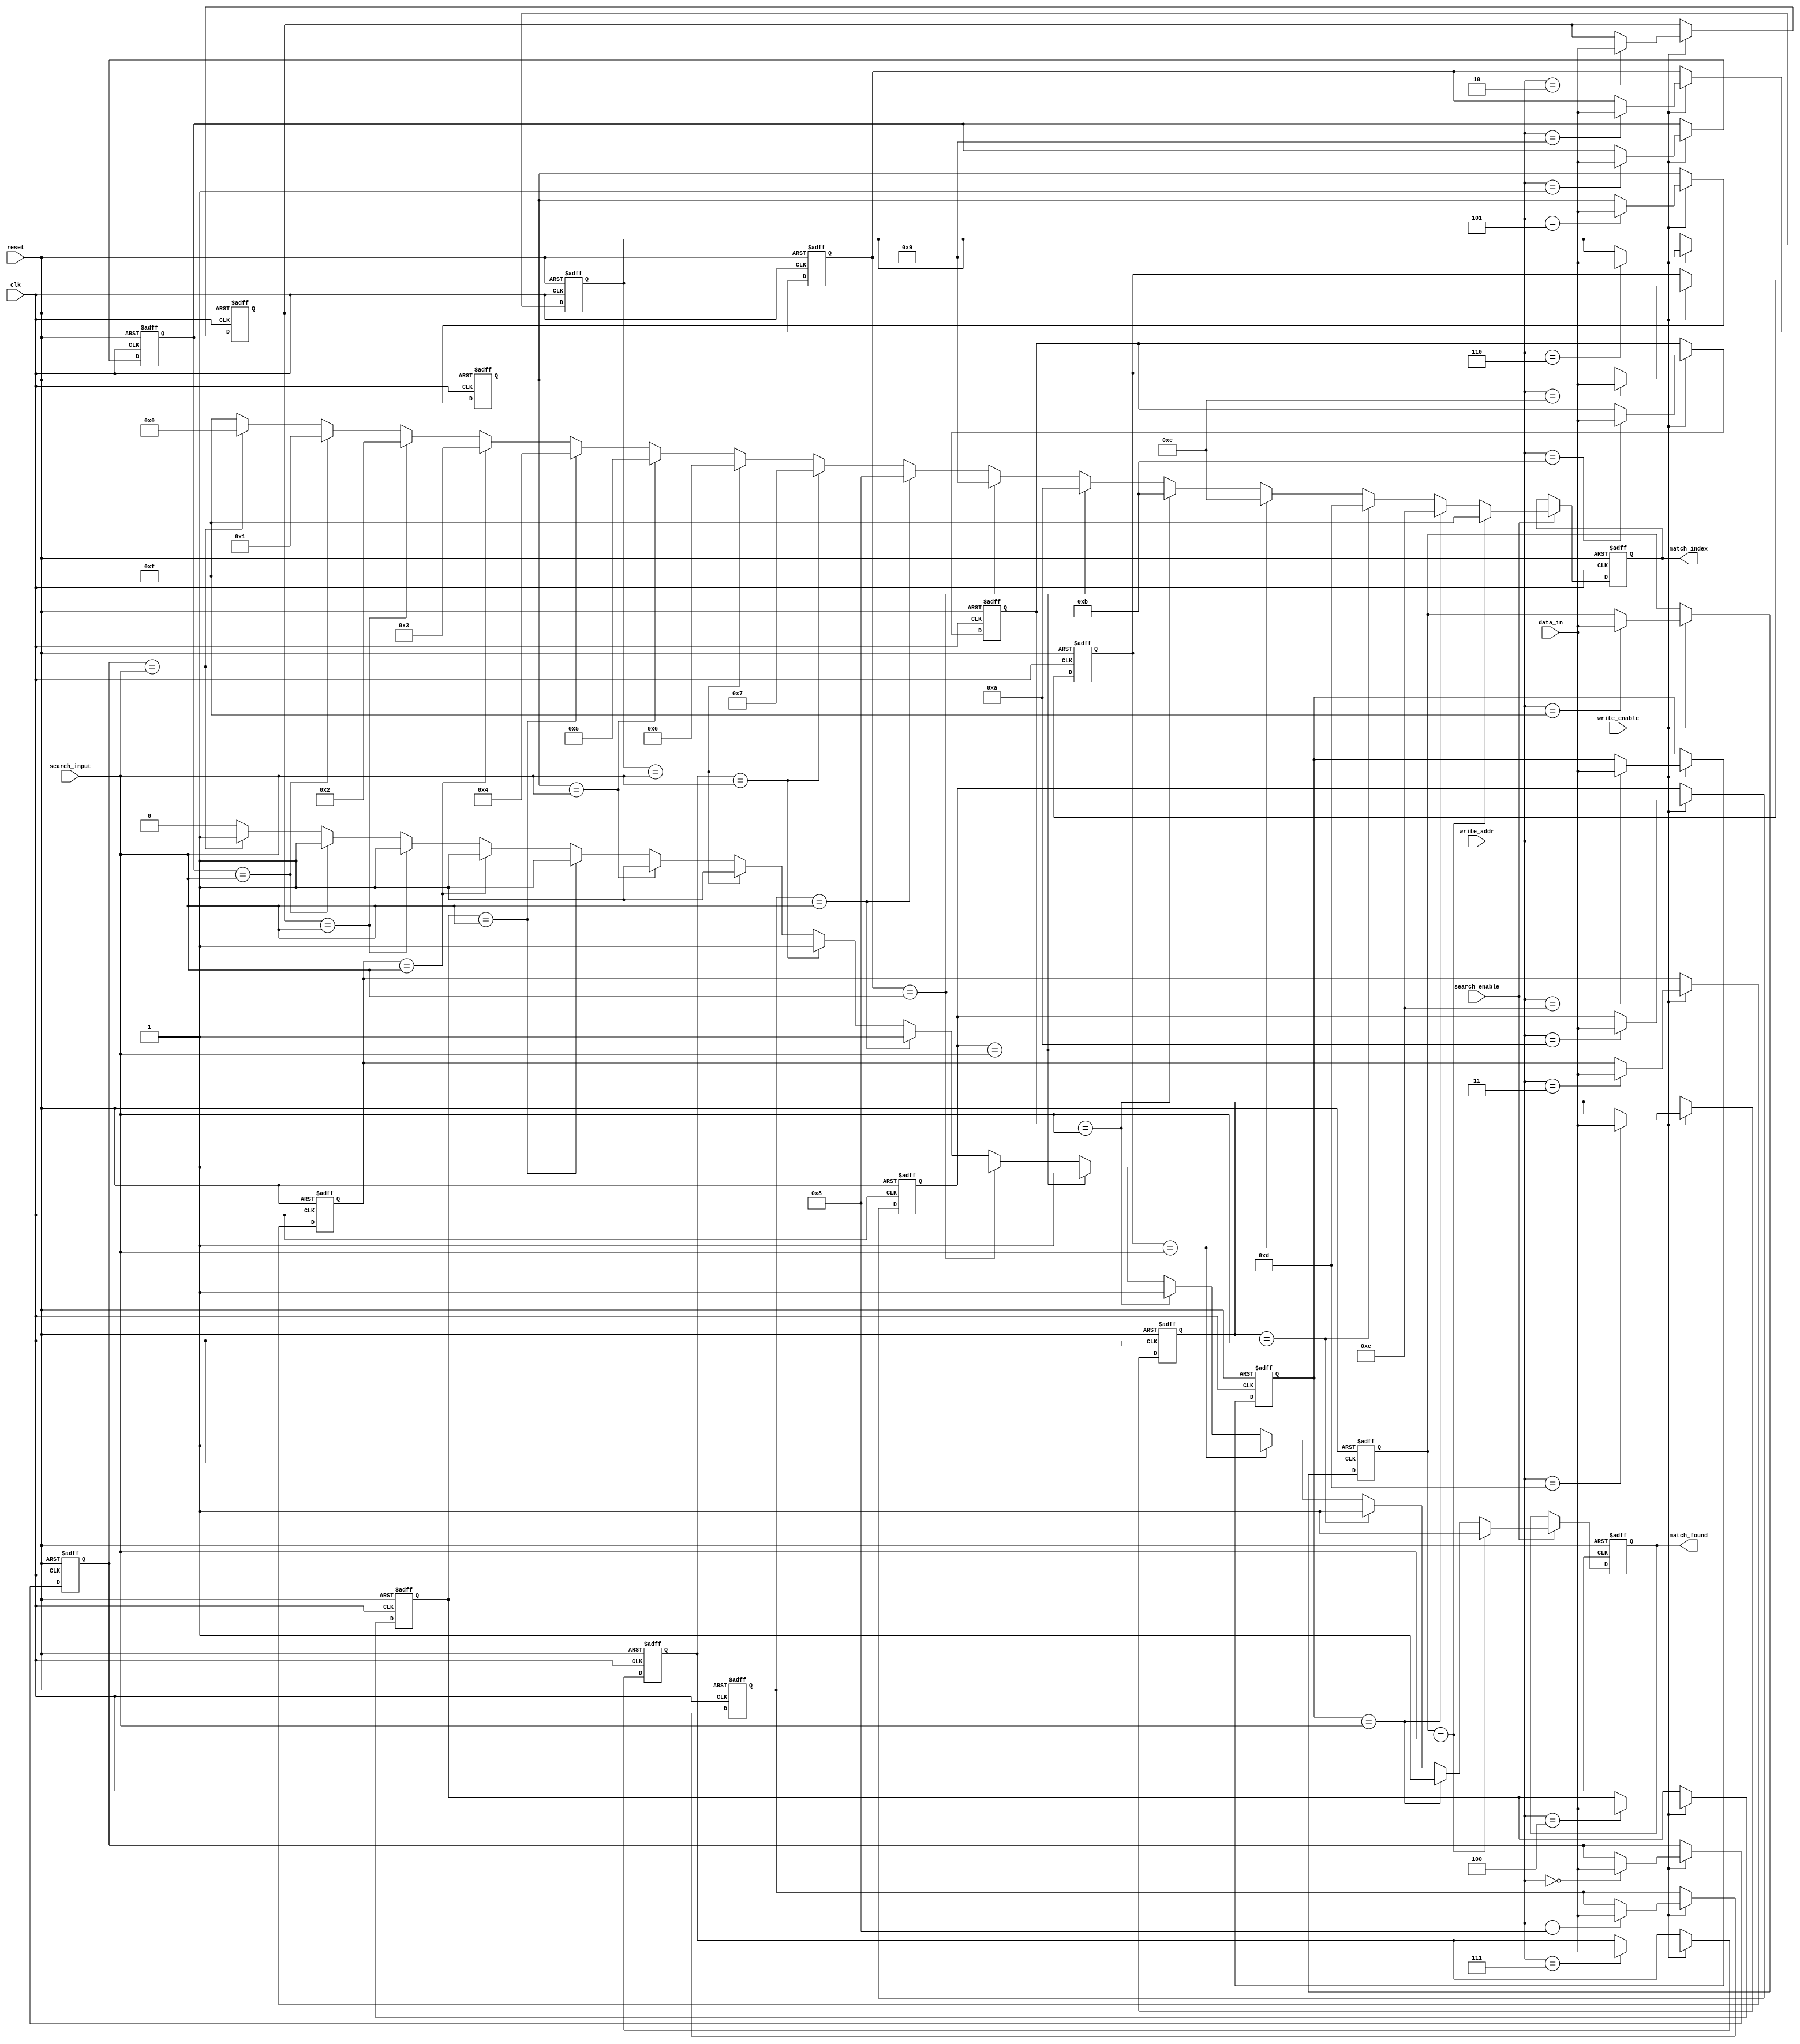
module row_based_cam #(
    parameter DATA_WIDTH = 8,  // Width of each entry
    parameter NUM_ROWS = 16     // Number of rows in the CAM
)(
    input wire clk,
    input wire reset,
    input wire [DATA_WIDTH-1:0] data_in,     // Data to write
    input wire [3:0] write_addr,              // Address to write data
    input wire write_enable,                   // Write enable signal
    input wire [DATA_WIDTH-1:0] search_input, // Data to search
    input wire search_enable,                  // Search enable signal
    output reg [3:0] match_index,             // Index of the matching row
    output reg match_found                     // Match found signal
);

    // Memory array
    reg [DATA_WIDTH-1:0] cam_array [0:NUM_ROWS-1];
    reg match_lines [0:NUM_ROWS-1]; // Match lines for each row

    // Reset logic
    integer i;
    always @(posedge clk or posedge reset) begin
        if (reset) begin
            for (i = 0; i < NUM_ROWS; i = i + 1) begin
                cam_array[i] <= {DATA_WIDTH{1'b0}}; // Clear CAM entries
                match_lines[i] <= 1'b0;              // Clear match lines
            end
            match_index <= 4'b1111; // No match
            match_found <= 1'b0;     // No match found
        end else begin
            // Write operation
            if (write_enable) begin
                cam_array[write_addr] <= data_in; // Write data to specified row
            end

            // Search operation
            if (search_enable) begin
                match_found <= 1'b0; // Reset match found signal
                match_index <= 4'b1111; // Reset match index
                for (i = 0; i < NUM_ROWS; i = i + 1) begin
                    if (cam_array[i] == search_input) begin
                        match_lines[i] <= 1'b1; // Set match line high
                        match_found <= 1'b1; // Match found
                        match_index <= i[3:0]; // Store matching index
                    end else begin
                        match_lines[i] <= 1'b0; // Set match line low
                    end
                end
            end
        end
    end

endmodule